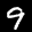
Label: 9